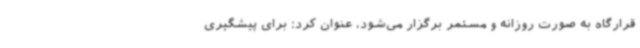
قرارگاه به ‌صورت روزانه و مستمر برگزار می‌شود، عنوان کرد: برای پیشگیری